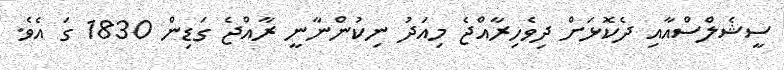
ސީޝެލްސްއާއި ދެކޮޅަށް ދިވެހިރާއްޖެ މިއަދު ނިކުންނާނީ ރާއްޖެ ގަޑިން 1830 ގަ އެވެ.